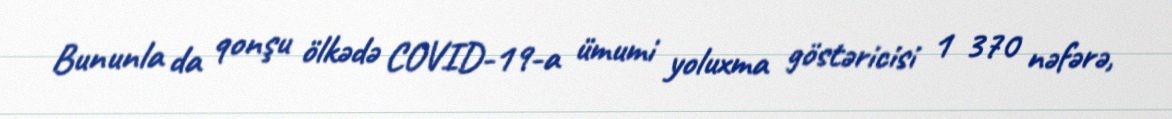
Bununla da qonşu ölkədə COVID-19-a ümumi yoluxma göstəricisi 1 370 nəfərə,